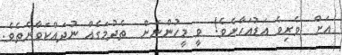
އަށް  ވެރިވެ އަޑުއަހާށެވެ!  ވީ މީހުންނަށް  ތެދުމަގެއް ނުދައްކަވާނެތެވެ.